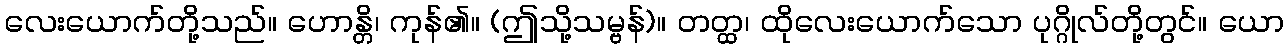
လေးယောက်တို့သည်။ ဟောန္တိ၊ ကုန်၏။ (ဤသို့သမ္ဗန်)။ တတ္ထ၊ ထိုလေးယောက်သော ပုဂ္ဂိုလ်တို့တွင်။ ယော